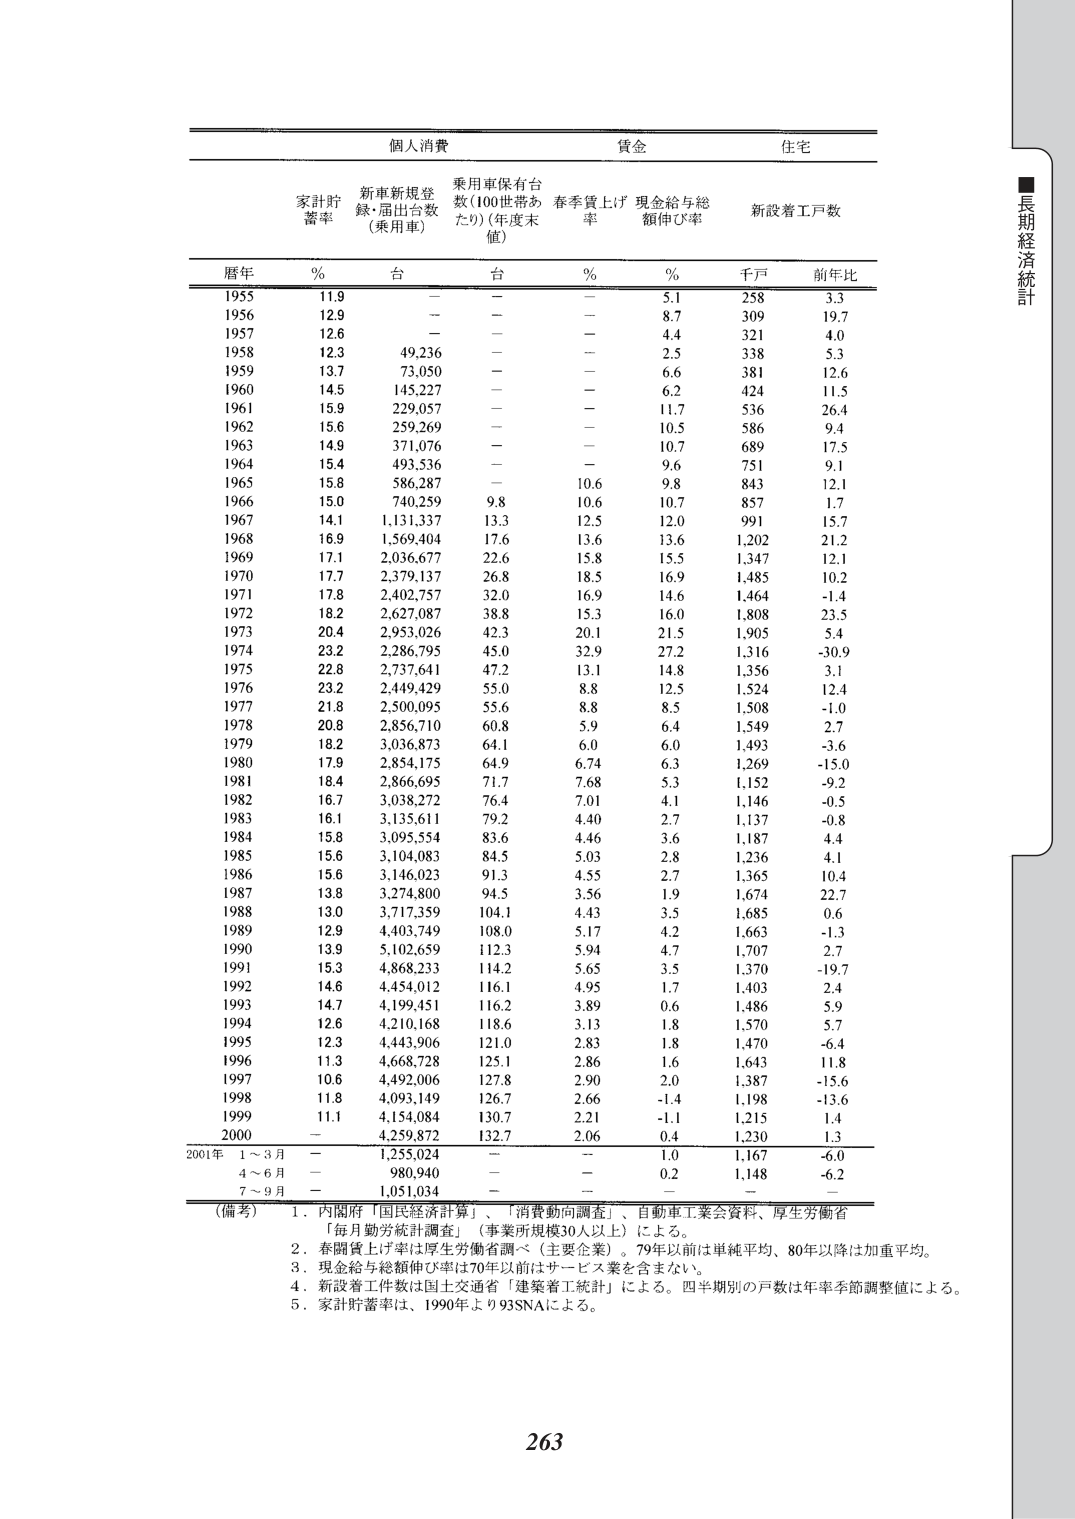
■長期経済統計

個人消費　　　　　　　　賃金　　　　　　　　住宅

家計貯蓄率　　　新車新規登録・届出台数（乗用車）　乗用車保有台数（100世帯あたり）（年度末値）　春季賃上げ率　現金給与総額伸び率　新設着工戸数

暦年　　%　　　台　　　台　　　%　　　%　　　千戸　　　前年比

1955　　11.9　　－　　－　　－　　5.1　　258　　3.3
1956　　12.9　　－　　－　　－　　8.7　　309　　19.7
1957　　12.6　　－　　－　　－　　4.4　　321　　4.0
1958　　12.3　　49,236　　－　　－　　2.5　　338　　5.3
1959　　13.7　　73,050　　－　　－　　6.6　　381　　12.6
1960　　14.5　　145,227　　－　　－　　6.2　　424　　11.5
1961　　15.9　　229,057　　－　　－　　11.7　　536　　26.4
1962　　15.6　　259,269　　－　　－　　10.5　　586　　9.4
1963　　14.9　　371,076　　－　　－　　10.7　　689　　17.5
1964　　15.4　　493,536　　－　　－　　9.6　　751　　9.1
1965　　15.8　　586,287　　－　　10.6　　9.8　　843　　12.1
1966　　15.0　　740,259　　9.8　　10.6　　10.7　　857　　1.7
1967　　14.1　　1,131,337　　13.3　　12.5　　12.0　　991　　15.7
1968　　16.9　　1,569,404　　17.6　　13.6　　13.6　　1,202　　21.2
1969　　17.1　　2,036,677　　22.6　　15.8　　15.5　　1,347　　12.1
1970　　17.7　　2,379,137　　26.8　　18.5　　16.9　　1,485　　10.2
1971　　17.8　　2,402,757　　32.0　　16.9　　14.6　　1,464　　-1.4
1972　　18.2　　2,627,087　　38.8　　15.3　　16.0　　1,808　　23.5
1973　　20.4　　2,953,026　　42.3　　20.1　　21.5　　1,905　　5.4
1974　　23.2　　2,286,795　　45.0　　32.9　　27.2　　1,316　　-30.9
1975　　22.8　　2,737,641　　47.2　　13.1　　14.8　　1,356　　3.1
1976　　23.2　　2,449,429　　55.0　　8.8　　12.5　　1,524　　12.4
1977　　21.8　　2,500,095　　55.6　　8.8　　8.5　　1,508　　-1.0
1978　　20.8　　2,856,710　　60.8　　5.9　　6.4　　1,549　　2.7
1979　　18.2　　3,036,873　　64.1　　6.0　　6.0　　1,493　　-3.6
1980　　17.9　　2,854,175　　64.9　　6.74　　6.3　　1,269　　-15.0
1981　　18.4　　2,866,695　　71.7　　7.68　　5.3　　1,152　　-9.2
1982　　16.7　　3,038,272　　76.4　　7.01　　4.1　　1,146　　-0.5
1983　　16.1　　3,135,611　　79.2　　4.40　　2.7　　1,137　　-0.8
1984　　15.8　　3,095,554　　83.6　　4.46　　3.6　　1,187　　4.4
1985　　15.6　　3,104,083　　84.5　　5.03　　2.8　　1,236　　4.1
1986　　15.6　　3,146,023　　91.3　　4.55　　2.7　　1,365　　10.4
1987　　13.8　　3,274,800　　94.5　　3.56　　1.9　　1,674　　22.7
1988　　13.0　　3,717,359　　104.1　　4.43　　3.5　　1,685　　0.6
1989　　12.9　　4,403,749　　108.0　　5.17　　4.2　　1,663　　-1.3
1990　　13.9　　5,102,659　　112.3　　5.94　　4.7　　1,707　　2.7
1991　　15.3　　4,868,233　　114.2　　5.65　　3.5　　1,370　　-19.7
1992　　14.6　　4,454,012　　116.1　　4.95　　1.7　　1,403　　2.4
1993　　14.7　　4,199,451　　116.2　　3.89　　0.6　　1,486　　5.9
1994　　12.6　　4,210,168　　118.6　　3.13　　1.8　　1,570　　5.7
1995　　12.3　　4,443,906　　121.0　　2.83　　1.8　　1,470　　-6.4
1996　　11.3　　4,668,728　　125.1　　2.86　　1.6　　1,643　　11.8
1997　　10.6　　4,492,006　　127.8　　2.90　　2.0　　1,387　　-15.6
1998　　11.8　　4,093,149　　126.7　　2.66　　-1.4　　1,198　　-13.6
1999　　11.1　　4,154,084　　130.7　　2.21　　-1.1　　1,215　　1.4
2000　　－　　4,259,872　　132.7　　2.06　　0.4　　1,230　　1.3

2001年　1～3月　－　　1,255,024　　－　　－　　1.0　　1,167　　-6.0
　　　　4～6月　－　　980,940　　－　　－　　0.2　　1,148　　-6.2
　　　　7～9月　－　　1,051,034　　－　　－　　－　　－　　－

（備考）　1．内閣府「国民経済計算」、「消費動向調査」、自動車工業会資料、厚生労働省「毎月勤労統計調査」（事業所規模30人以上）による。
　　　　2．春闘賃上げ率は厚生労働省調べ（主要企業）。79年以前は単純平均、80年以降は加重平均。
　　　　3．現金給与総額伸び率は70年以前はサービス業を含まない。
　　　　4．新設着工件数は国土交通省「建築着工統計」による。四半期別の戸数は年率季節調整値による。
　　　　5．家計貯蓄率は、1990年より93SNAによる。

263